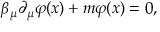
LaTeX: \beta _ { \mu } \partial _ { \mu } \varphi ( x ) + m \varphi ( x ) = 0 ,